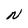
Character: N